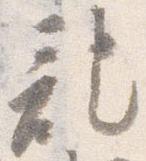
記